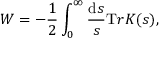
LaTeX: W = - \frac 1 2 \int _ { 0 } ^ { \infty } \frac { { \mathrm d } s } { s } { \mathrm T r } K ( s ) ,